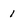
Character: 1